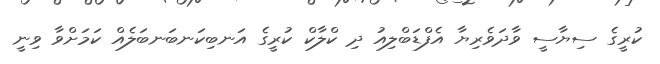
ކުރީގެ ސިޔާސީ ވާދަވެރިޔާ އެފްޑަބްލިއު ދި ކްލާކް ކުރީގެ އަނބިކަނބަނބަލެއް ކަމަށްވާ ވިނީ